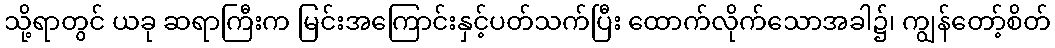
သို့ရာတွင် ယခု ဆရာကြီးက မြင်းအကြောင်းနှင့်ပတ်သက်ပြီး ထောက်လိုက်သောအခါ၌၊ ကျွန်တော့်စိတ်